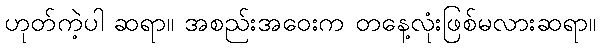
ဟုတ်ကဲ့ပါ ဆရာ။ အစည်းအဝေးက တနေ့လုံးဖြစ်မလားဆရာ။